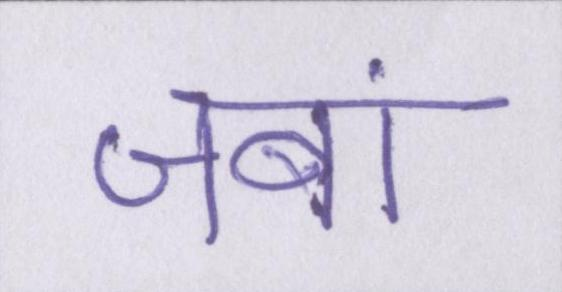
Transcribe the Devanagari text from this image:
जबां